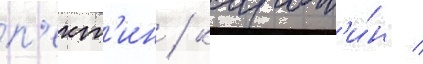
п'ект'ин / карот'и́н /